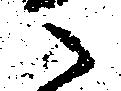
之